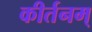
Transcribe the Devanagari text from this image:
कीर्तनम्